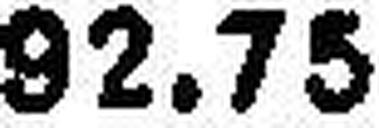
92.75